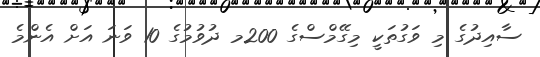
ސާއިދުގެ މި ވަގުތަކީ މިގޭމްސްގެ 200މ ދުވުމުގެ 10 ވަނަ އަށް އެންމެ